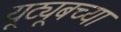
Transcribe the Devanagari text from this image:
यूट्यूबच्या